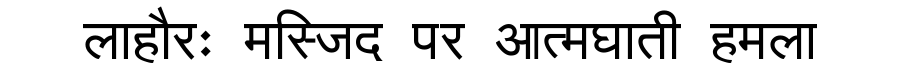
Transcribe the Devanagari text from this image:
लाहौरः मस्जिद पर आत्मघाती हमला